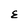
Character: E